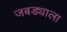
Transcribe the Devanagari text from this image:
जबड्याला